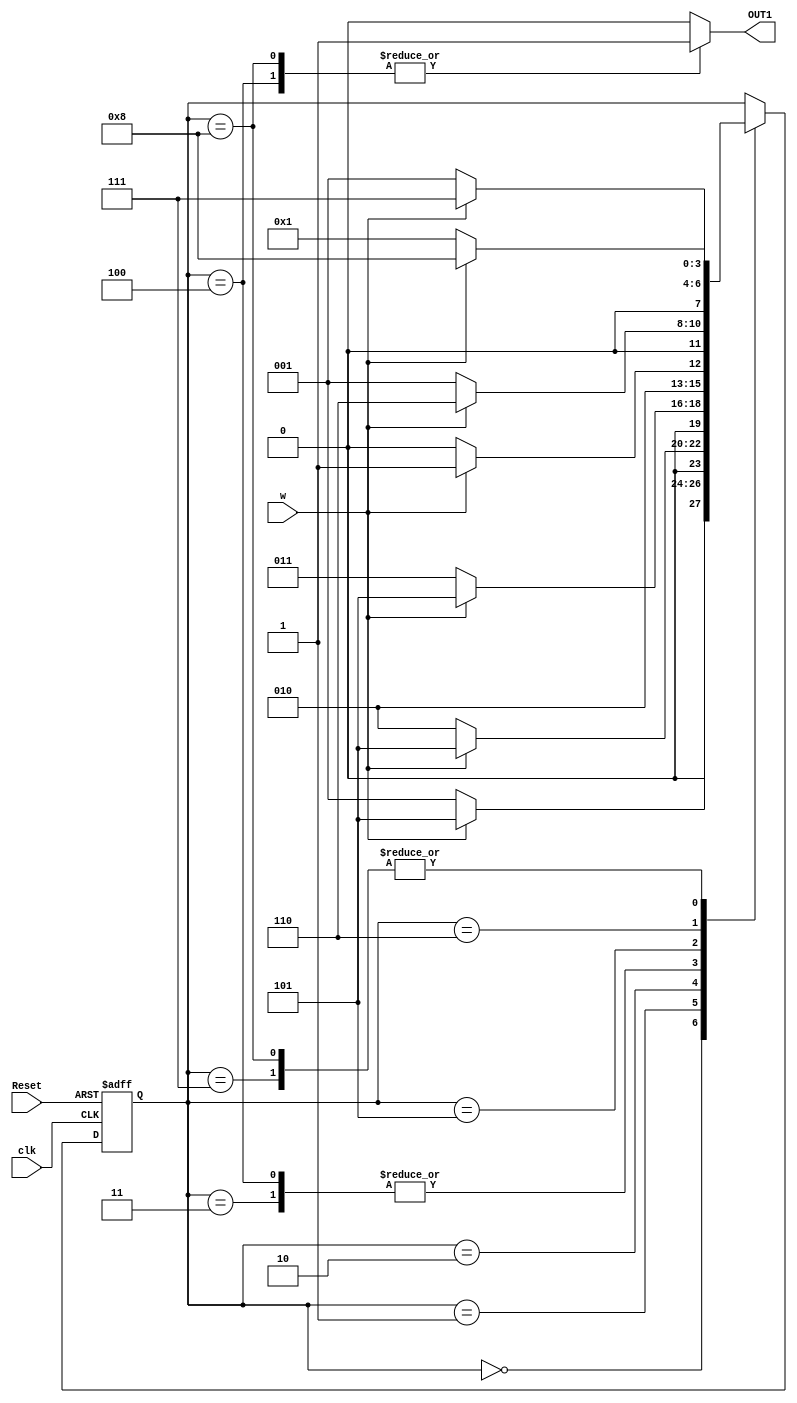
module MyAutomate(
	input clk, w, Reset,
	output reg OUT1);
	
	reg [3:0] state;
	parameter [3:0] state_A=0, state_B=1, state_C=2, state_D=3, state_E=4, state_F=5, state_G=6, state_H=7, state_I=8;
	
	always @(posedge clk or posedge Reset)
	begin
		if(Reset) state=state_A;
		else
			case(state)
				state_A: state=(!w)?state_B:state_F;
				state_B: state=(!w)?state_C:state_F;
				state_C: state=(!w)?state_D:state_F;
				state_D: state=(!w)?state_E:state_F;
				state_E: state=(!w)?state_E:state_F;
				state_F: state=(!w)?state_B:state_G;
				state_G: state=(!w)?state_B:state_H;
				state_H: state=(!w)?state_B:state_I;
				state_I: state=(!w)?state_B:state_I;
			endcase
	end
		
	always @(state)
	begin
		case(state)
			state_E: OUT1=1;
			state_I: OUT1=1;
			default: OUT1=0;
		endcase
	end
	
endmodule